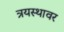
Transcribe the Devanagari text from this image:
त्रयस्थावर